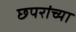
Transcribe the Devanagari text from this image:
छपरांच्या